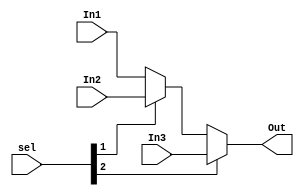
module Mux3_1(input [31:0]In1,
            input [31:0]In2,
            input [31:0]In3,
            input [2:0]sel,
            output [31:0]Out);
    assign Out = sel[2] ? In3 : (sel[1] ? In2 : In1);
endmodule